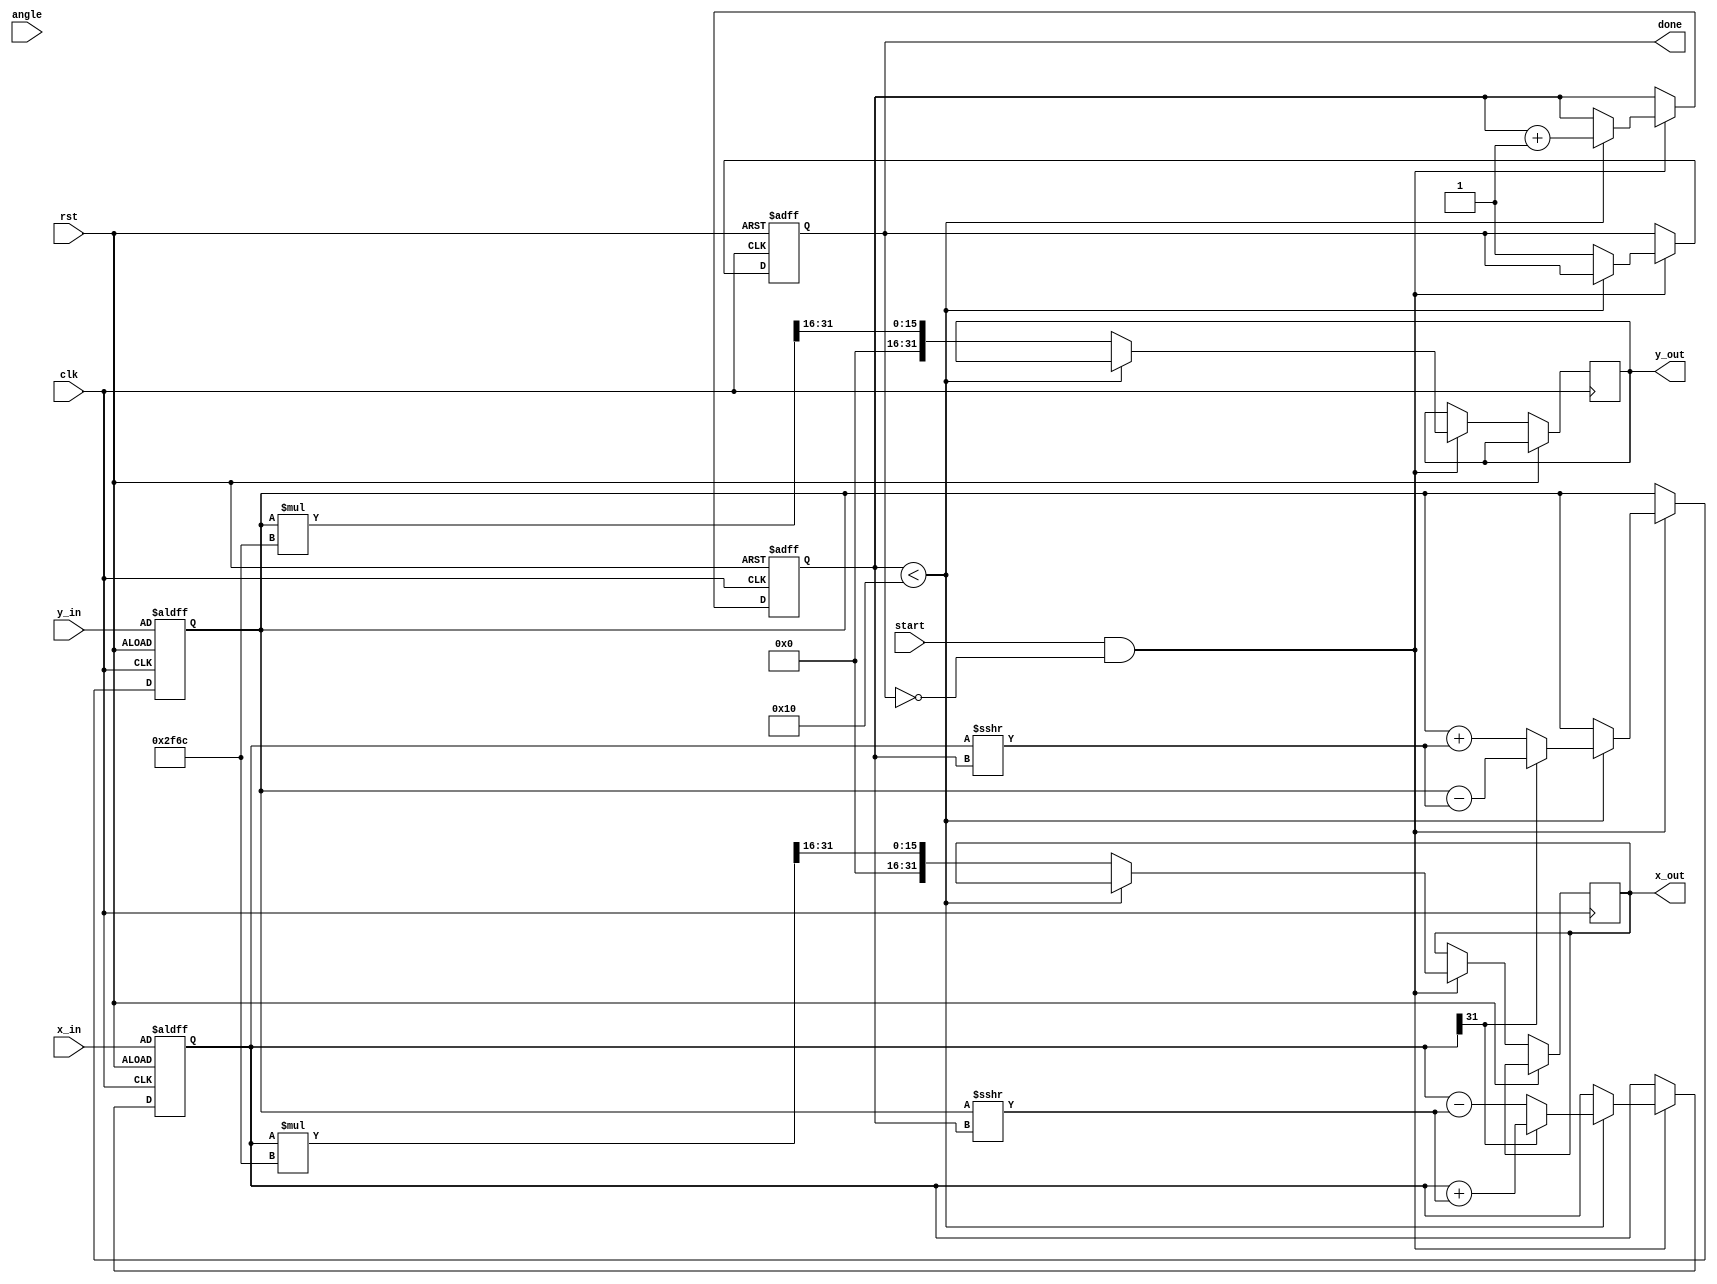
module cordic_fixed_point #(
    parameter N = 16, // Number of iterations
    parameter WIDTH = 32, // Total width of fixed-point numbers
    parameter FRAC_WIDTH = 16 // Number of fractional bits
)(
    input wire clk,
    input wire rst,
    input wire [WIDTH-1:0] angle, // Fixed-point input angle 
    input wire [WIDTH-1:0] x_in,   // Fixed-point initial x value
    input wire [WIDTH-1:0] y_in,   // Fixed-point initial y value
    input wire start,
    output reg [WIDTH-1:0] x_out,  // Fixed-point output x value
    output reg [WIDTH-1:0] y_out,  // Fixed-point output y value
    output reg done
);

// Internal signals
reg [WIDTH-1:0] x, y;
reg [WIDTH-1:0] angle_shift;
reg [4:0] iteration; // Counter for iterations
wire [WIDTH-1:0] K; // Scaling factor

// Scaling factor for CORDIC
localparam [WIDTH-1:0] K_value = 32'h2F6C; // Precomputed scaling factor K (approx 0.607)

initial begin
    x_out = 0;
    y_out = 0;
    done = 0;
end

// Look-up table for arctan(2^-i)
reg [WIDTH-1:0] atan_table [0:N-1];
initial begin
    atan_table[0] = 32'h0A3D70A3; // atan(1) in fixed-point
    atan_table[1] = 32'h05111111; // atan(0.5)
    atan_table[2] = 32'h028B0B14; // atan(0.25)
    // Continue filling in the atan_table for remaining iterations
    // ...
end

// Control logic
always @(posedge clk or posedge rst) begin
    if (rst) begin
        iteration <= 0;
        x <= x_in;
        y <= y_in;
        done <= 0;
    end else if (start && !done) begin
        // CORDIC iterations
        if (iteration < N) begin
            angle_shift = angle - (x[WIDTH-1] ? -atan_table[iteration] : atan_table[iteration]); // Rotate
            // Update x and y based on rotation direction
            if (x[WIDTH-1]) begin // Negative angle
                x <= x + (y >>> iteration);
                y <= y - (x >>> iteration);
            end else begin // Positive angle
                x <= x - (y >>> iteration);
                y <= y + (x >>> iteration);
            end
            iteration <= iteration + 1;
        end else begin
            // Apply scaling factor and output results
            x_out <= (x * K_value) >>> FRAC_WIDTH; // Scaling
            y_out <= (y * K_value) >>> FRAC_WIDTH; // Scaling
            done <= 1;
        end
    end
end

endmodule